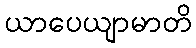
ယာပေယျာမာတိ